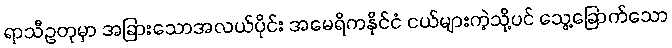
ရာသီဥတုမှာ အခြားသောအလယ်ပိုင်း အမေရိကနိုင်ငံ ငယ်များကဲ့သို့ပင် သွေ့ခြောက်သော